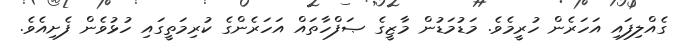
ގެއްލިފައި އަހަރެން ހުރީމެވެ. މަޑުމަޑުން މާޒީގެ ޞަފްހާތައް އަހަރެންގެ ކުރިމަތީގައި ހުޅުވެން ފެށިއެވެ.